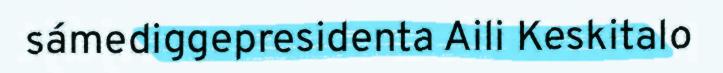
sámediggepresidenta Aili Keskitalo